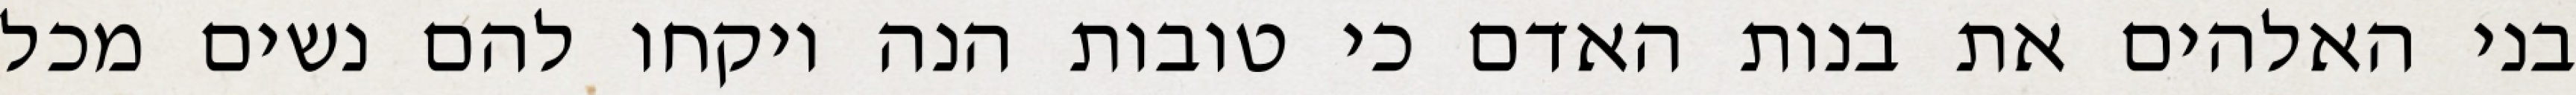
בני האלהים את בנות האדם כי טובות הנה ויקחו להם נשים מכל